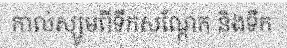
កាល់ស្យូមពីទឹកសណ្តែក និងទឹក